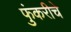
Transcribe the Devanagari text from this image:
फुंकरीचे